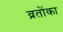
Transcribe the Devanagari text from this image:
व्रतोंका